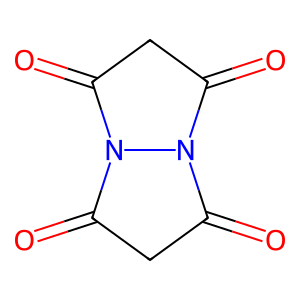
SMILES: O=C1CC(=O)N2C(=O)CC(=O)N12
Inhibits HIV replication: No